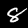
Digit: 8